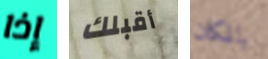
إذا أقبلك بالمكان